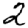
Digit: 2